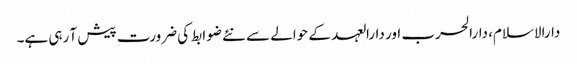
دارالاسلام، دارالحرب اور دارالعہد کے حوالے سے نئے ضوابط کی ضرورت پیش آ رہی ہے۔